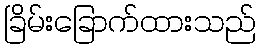
ခြိမ်းခြောက်ထားသည်